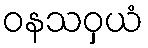
ဝနသဝှယံ